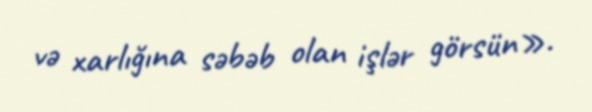
və xarlığına səbəb olan işlər görsün».